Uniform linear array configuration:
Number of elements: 24
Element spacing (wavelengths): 0.25
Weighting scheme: exponential
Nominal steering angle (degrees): -30
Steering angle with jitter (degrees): -31.183
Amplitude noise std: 0.05
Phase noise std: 0.05

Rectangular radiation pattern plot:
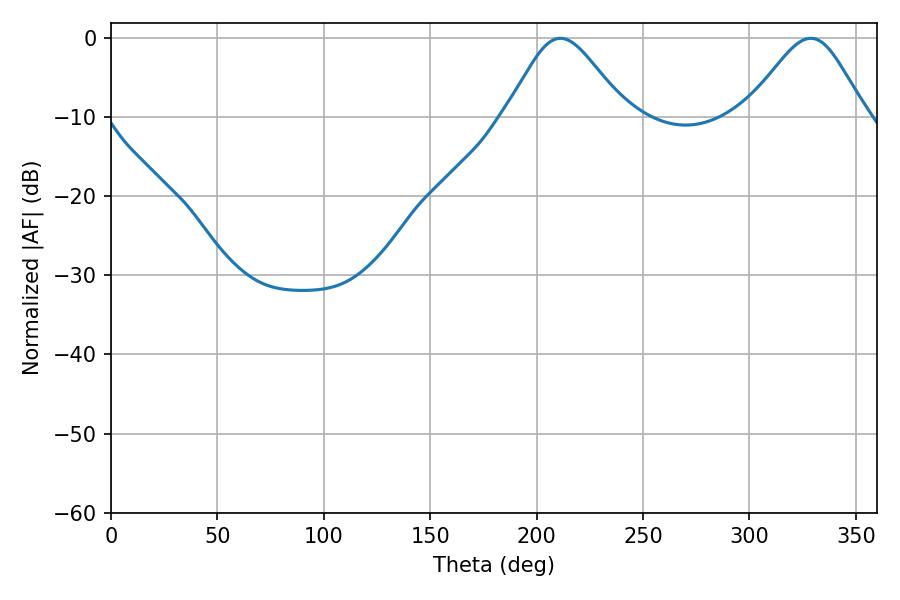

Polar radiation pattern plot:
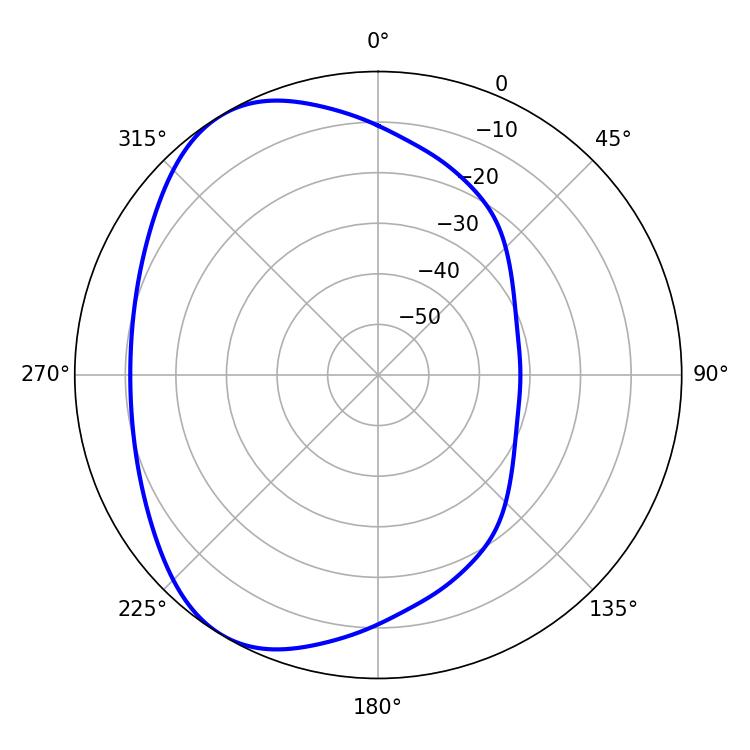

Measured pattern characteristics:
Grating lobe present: FALSE
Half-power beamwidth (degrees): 27.72
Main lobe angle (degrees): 211.14